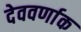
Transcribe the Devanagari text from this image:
देववर्णाक